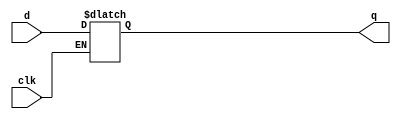
//
// Copyright (c) 2002 Steven Wilson (steve@ka6s.com)
//
//    This source code is free software; you can redistribute it
//    and/or modify it in source code form under the terms of the GNU
//    General Public License as published by the Free Software
//    Foundation; either version 2 of the License, or (at your option)
//    any later version.
//
//    This program is distributed in the hope that it will be useful,
//    but WITHOUT ANY WARRANTY; without even the implied warranty of
//    MERCHANTABILITY or FITNESS FOR A PARTICULAR PURPOSE.  See the
//    GNU General Public License for more details.
//
//    You should have received a copy of the GNU General Public License
//    along with this program; if not, write to the Free Software
//    Foundation, Inc., 59 Temple Place - Suite 330, Boston, MA 02111-1307, USA
//
// SDW: Synth of basic latch form
//
//
module basiclatch ( clk, d, q);
input clk, d;
output q;
reg q;

always @ (clk or d)
  if(~clk)
    q = d;

endmodule

module tbench ;

reg clk, d;

basiclatch u_reg (clk,d,q);

initial
  begin
    clk = 0;
    d = 0;
    #1 ;
    if(q !== 0)
       begin
         $display("FAILED - initial value not 0");
	 $finish;
       end
    #1 ;
    clk = 1;
    # 1;
    d = 1;
    # 1;
    if(q !== 0)
       begin
         $display("FAILED - Didn't latch initial 0");
	 $finish;
       end
    #1
    clk = 0;
    # 1;
    if(q !== 1)
       begin
         $display("FAILED - Didn't pass 1 after latch dropped");
	 $finish;
       end
    #1
    clk = 1;
    # 1;
    d = 0;
    # 1;
    if(q !== 1)
       begin
         $display("FAILED - Didn't latch 1 after latch dropped");
	 $finish;
       end

    $display("PASSED");
  end
endmodule